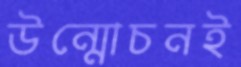
উন্মোচনই